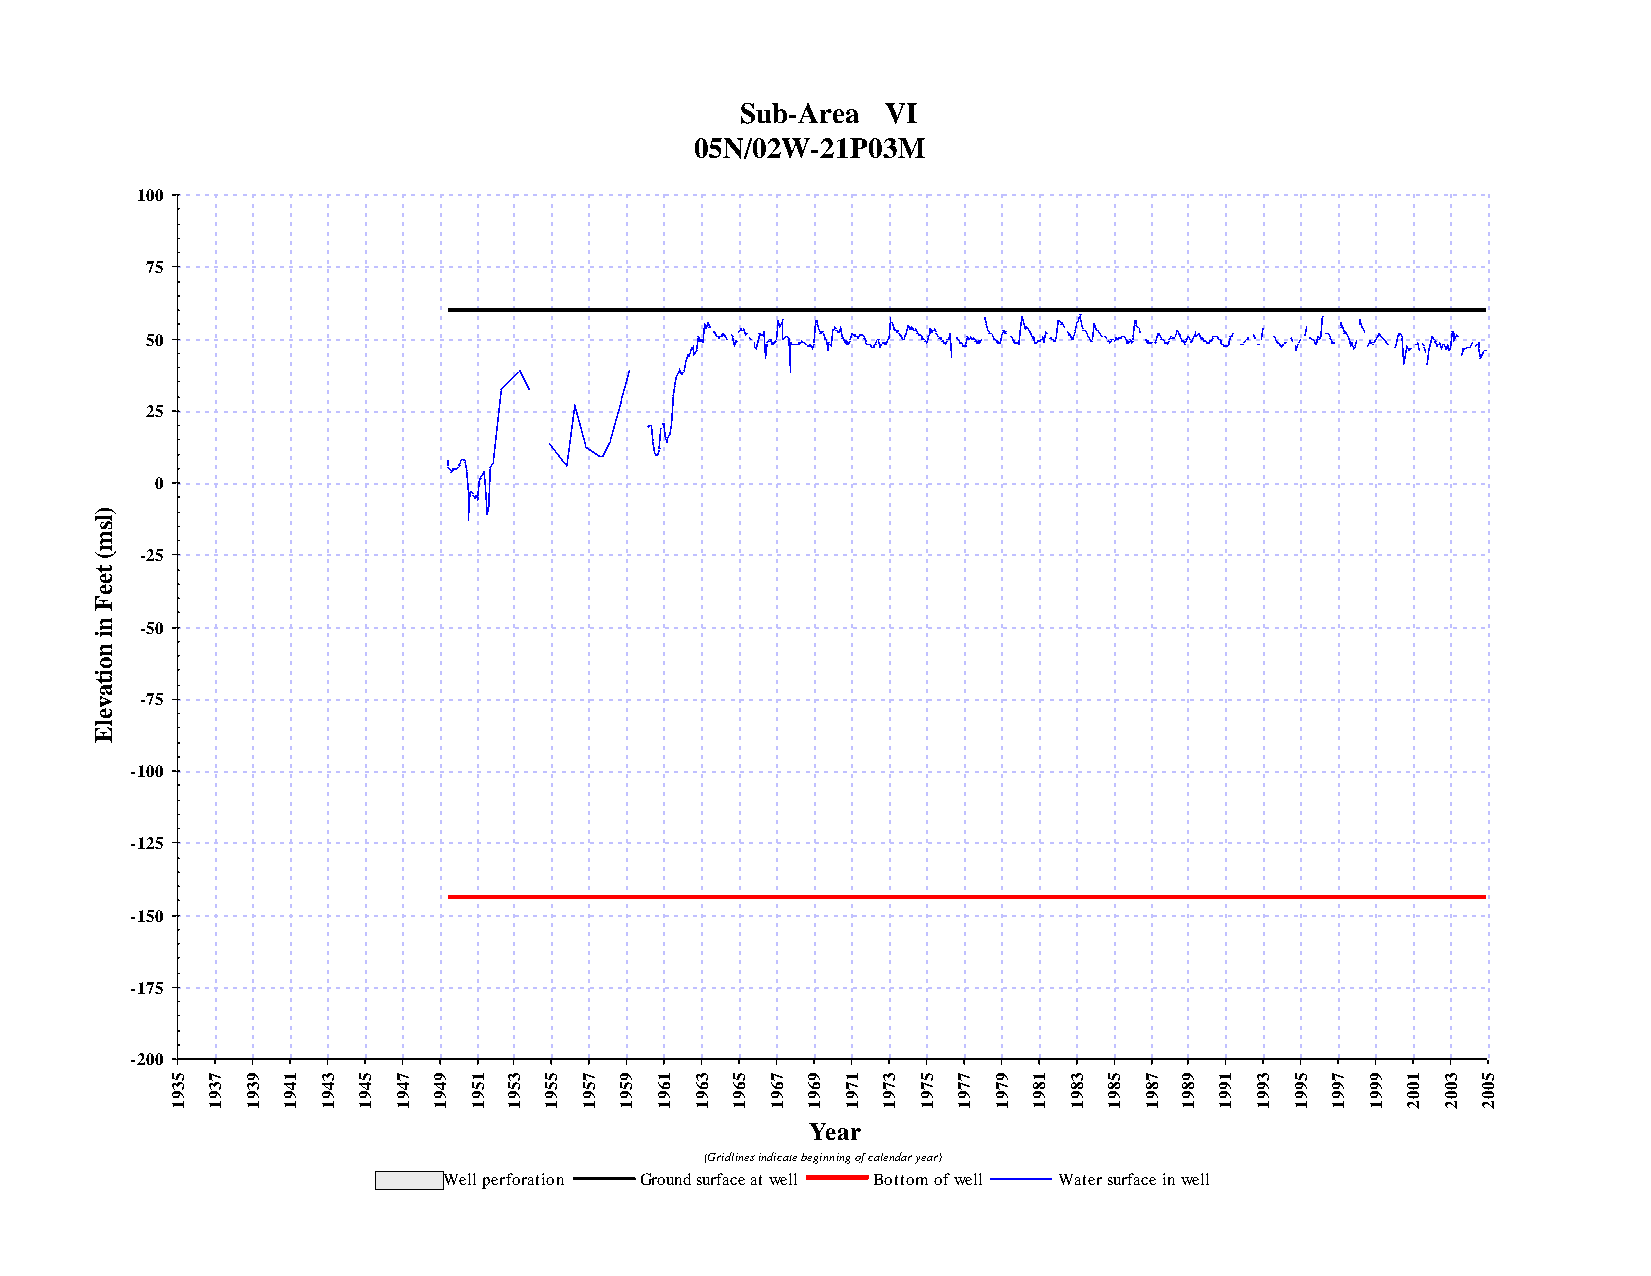
Sub-Area  VI
 05N/02W-21P03M
 100
 75
 50
 25
 0
 )
 l
 s
 m
 (  -25
 t
 e
 e
 F
 n  -50
 i
 n
 o
 i
 t
 a
 v  -75
 e
 l
 E
 -100
 -125
 -150
 -175
 -200
 5  7 9  1 3  5 7  9 1  3 5 7  9 1  3 5  7 9  1 3  5 7  9 1  3 5  7 9  1 3  5 7  9 1  3 5
 3  3 3  4 4  4 4  4 5  5 5 5  5 6  6 6  6 6  7 7  7 7  7 8  8 8  8 8  9 9  9 9  9 0  0 0
 9  9 9  9 9  9 9  9 9  9 9 9  9 9  9 9  9 9  9 9  9 9  9 9  9 9  9 9  9 9  9 9  9 0  0 0
 1  1 1  1 1  1 1  1 1  1 1 1  1 1  1 1  1 1  1 1  1 1  1 1  1 1  1 1  1 1  1 1  1 2  2 2
 Year
 (Gridlines indicate beginning of calendar year)
 Well perforation Ground surface at well Bottom of well Water surface in well